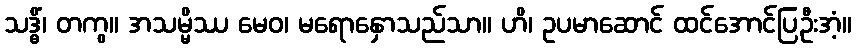
သဒ္ဓိံ၊ တကွ။ အသမ္မိဿ မေဝ၊ မရောနှောသည်သာ။ ဟိ၊ ဥပမာဆောင် ထင်အောင်ပြဦးအံ့။